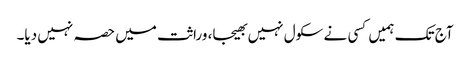
آج تک ہمیں کسی نے سکول نہیں بھیجا، وراثت میں حصہ نہیں دیا۔